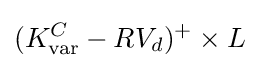
(K_{\text{var}}^{C}-RV_{d})^{+}\times L